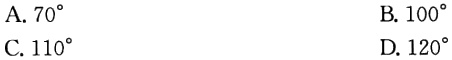
A. \(70^{\circ}\)
B. \(100^{\circ}\)
C. \(110^{\circ}\)
D. \(120^{\circ}\)